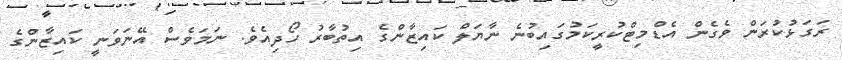
ރަގަޅުކުރަން ވެގެން އެޑްމިޓްކުރީކަމުގައިބުނެ ނާޔަލް ކައިޒާންގެ އިތުބާރު ހޯދިއެވެ. ނަމަވެސް އޭނަވަނީ ކައިޒާންގެ